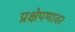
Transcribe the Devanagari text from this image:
प्रक्षेपणावर